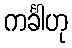
ကင်္ခါဟု